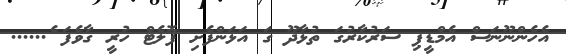
އެހެންނޫނަސް އެމްޑީޕި ސަރުކާރުގަ ތުޅާދޫ ގަ އަޅަންފެށި ފޮލެޓް ހުރީ ގާވެފަ ެ......